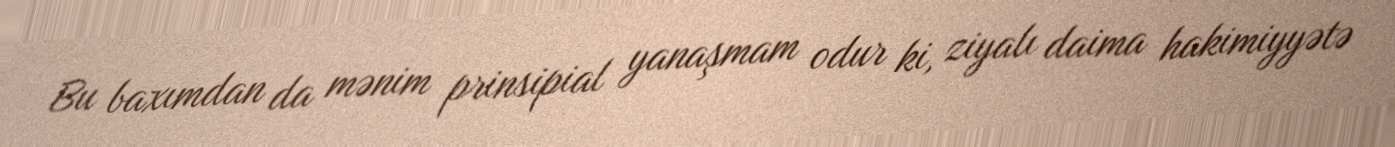
Bu baxımdan da mənim prinsipial yanaşmam odur ki, ziyalı daima hakimiyyətə